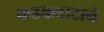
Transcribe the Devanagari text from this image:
कडकडाटाने